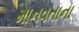
માનવતાના